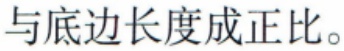
与底边长度成正比。